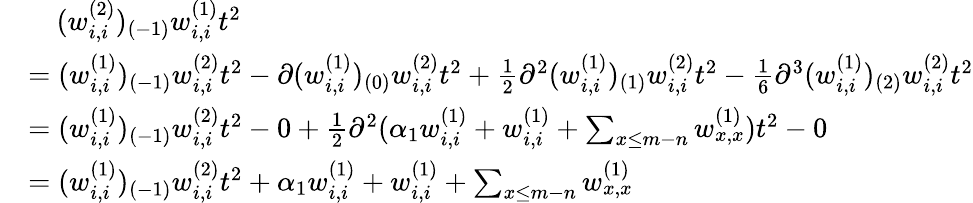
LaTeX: \begin{array}{rl}&{\quad(w_{i,i}^{(2)})_{(-1)}w_{i,i}^{(1)}t^{2}}\\ &{=(w_{i,i}^{(1)})_{(-1)}w_{i,i}^{(2)}t^{2}-\partial(w_{i,i}^{(1)})_{(0)}w_{i,i}^{(2)}t^{2}+\frac{1}{2}\partial^{2}(w_{i,i}^{(1)})_{(1)}w_{i,i}^{(2)}t^{2}-\frac{1}{6}\partial^{3}(w_{i,i}^{(1)})_{(2)}w_{i,i}^{(2)}t^{2}}\\ &{=(w_{i,i}^{(1)})_{(-1)}w_{i,i}^{(2)}t^{2}-0+\frac{1}{2}\partial^{2}(\alpha_{1}w_{i,i}^{(1)}+w_{i,i}^{(1)}+\sum_{x\leq m-n}w_{x,x}^{(1)})t^{2}-0}\\ &{=(w_{i,i}^{(1)})_{(-1)}w_{i,i}^{(2)}t^{2}+\alpha_{1}w_{i,i}^{(1)}+w_{i,i}^{(1)}+\sum_{x\leq m-n}w_{x,x}^{(1)}}\end{array}